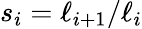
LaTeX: s_{i}=\ell_{i+1}/\ell_{i}